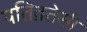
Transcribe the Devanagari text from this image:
पतिव्रतेसी